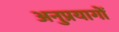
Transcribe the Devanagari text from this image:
अनुप्रयागों